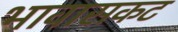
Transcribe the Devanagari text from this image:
भावासकट